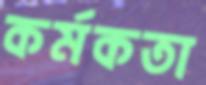
কর্মকতা